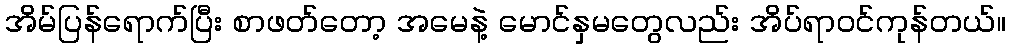
အိမ်ပြန်ရောက်ပြီး စာဖတ်တော့ အမေနဲ့ မောင်နှမတွေလည်း အိပ်ရာဝင်ကုန်တယ်။